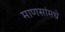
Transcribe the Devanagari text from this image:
माणसांमधे